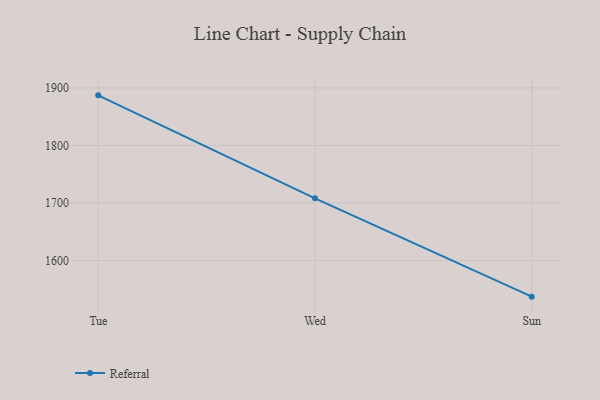
{"axis": {"x": "Day", "y": "Budget (USD K)"}, "legend": ["Referral"], "data": [{"x": "Tue", "y": 1887.1, "type": "Referral"}, {"x": "Wed", "y": 1708.0, "type": "Referral"}, {"x": "Sun", "y": 1537.0, "type": "Referral"}]}